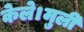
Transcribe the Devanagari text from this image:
केले।मुली